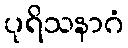
ပုရိသနာဂံ